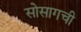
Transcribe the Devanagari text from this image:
सोसागची